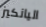
اليانكيز